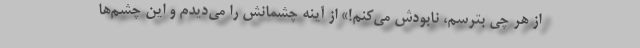
از هر چی بترسم، نابودش می‌کنم!» از آینه چشمانش را می‌دیدم و این چشم‌ها